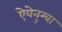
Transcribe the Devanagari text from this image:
ऐयेनुग्बा